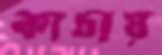
কাচায়